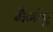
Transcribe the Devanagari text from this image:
मैनोए